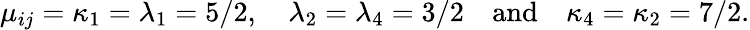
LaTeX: \mu_{ij}=\kappa_{1}=\lambda_{1}=5/2,\quad\lambda_{2}=\lambda_{4}=3/2\quad\mathrm{and\quad}\kappa_{4}=\kappa_{2}=7/2.